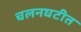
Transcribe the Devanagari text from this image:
चलनघटीत